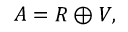
A = R \oplus V ,